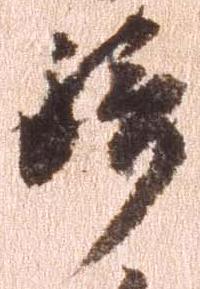
騎